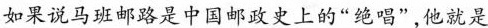
如果说马班邮路是中国邮政史上的“绝唱”，他就是